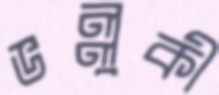
ভল্লুকী